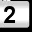
Digit: 2